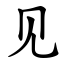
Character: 见